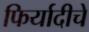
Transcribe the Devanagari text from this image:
फिर्यादीचे